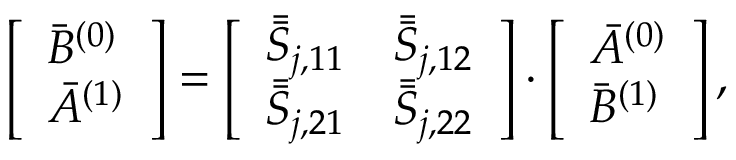
\left[ \begin{array} { l } { \bar { B } ^ { ( 0 ) } } \\ { \bar { A } ^ { ( 1 ) } } \end{array} \right] = \left[ \begin{array} { l l } { \bar { \bar { S } } _ { j , 1 1 } } & { \bar { \bar { S } } _ { j , 1 2 } } \\ { \bar { \bar { S } } _ { j , 2 1 } } & { \bar { \bar { S } } _ { j , 2 2 } } \end{array} \right] \cdot \left[ \begin{array} { l } { \bar { A } ^ { ( 0 ) } } \\ { \bar { B } ^ { ( 1 ) } } \end{array} \right] ,